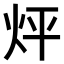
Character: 𤇊